Report of the King Institute of Preventive Medicine, Guindy
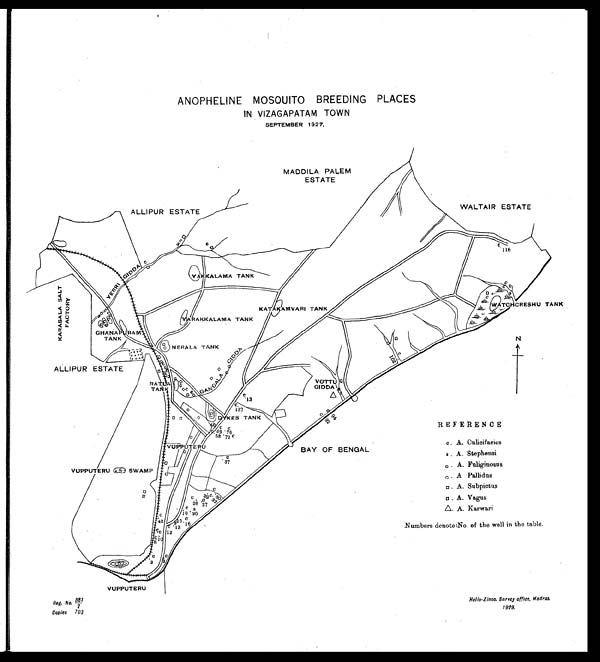
Reg. No.881/2
Copies 703
Helio-Zinco. Survey office, Madras
1929.
ANOPHELINE MOSQUITO BREEDING PLACES
IN VIZAGAPATAM TOWN
SEPTEMBER 1927,